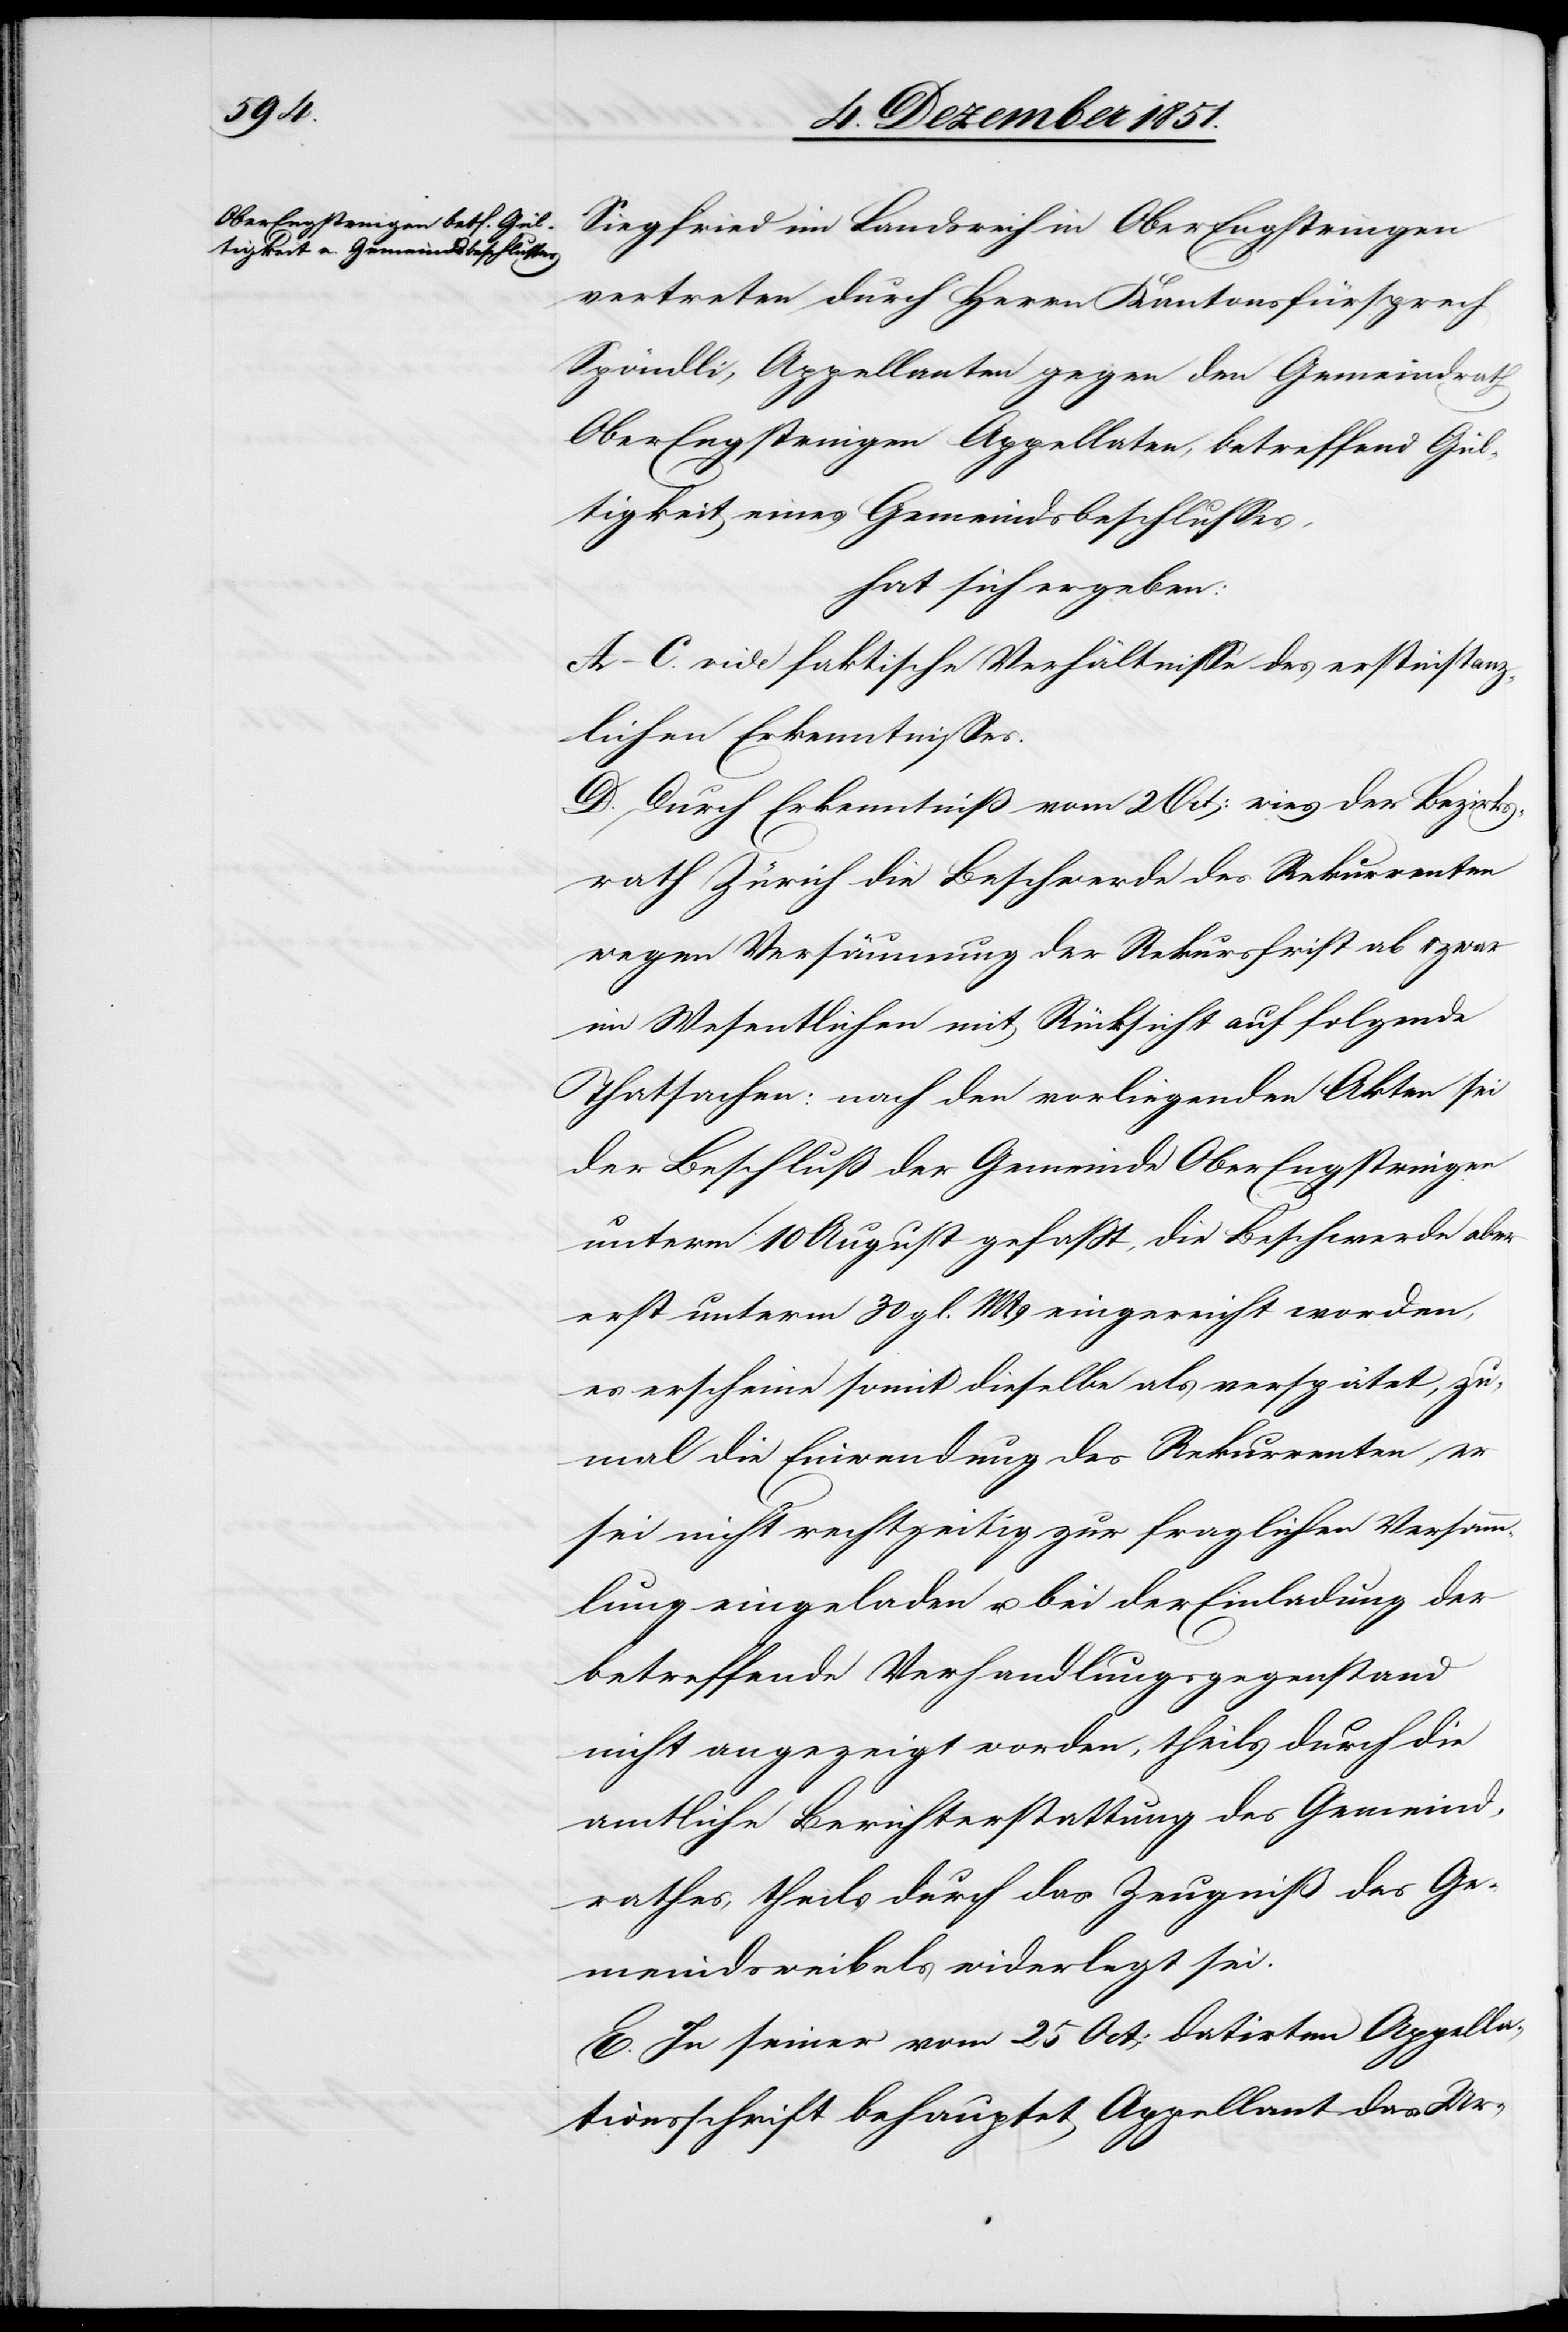
Siegfried im Landsreih in Ober-Engstringen
vertreten durch Herrn Kantonsfürsprech
Spöndli, Appellanten gegen den Gemeindrath
Ober-Engstringen Appellaten, betreffend Gül¬
tigkeit eines Gemeindsbeschlusses,
hat sich ergeben:
A–C. vide faktische Verhältnisse des erstinstanz¬
lichen Erkenntnisses.
D. Durch Erkenntniß vom 2 Oct: wies der Bezirks¬
rath Zürich die Beschwerde des Rekurrenten
wegen Versäumung der Rekursfrist ab & zwar
im Wesentlichen mit Rücksicht auf folgende
Thatsachen: nach den vorliegenden Akten sei
der Beschluß der Gemeinde Ober-Engstringen
unterm 10 August gefaßt, die Beschwerde aber
erst unterm 30 gl. Mts eingereicht worden,
es erscheine somit dieselbe als verspätet, zu¬
mal die Einwendung des Rekurrenten, er
sei nicht rechtzeitig zur fraglichen Versamm¬
lung eingeladen u. bei der Einladung der
betreffende Verhandlungsgegenstand
nicht angezeigt worden, theils durch die
amtliche Berichterstattung des Gemeind¬
rathes, theils durch das Zeugniß des Ge¬
meindsweibels widerlegt sei.
E. In seiner vom 25 Oct: datirten Appella¬
tionsschrift behauptet Appellant das Ur-